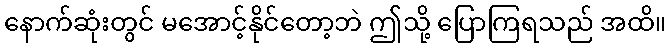
နောက်ဆုံးတွင် မအောင့်နိုင်တော့ဘဲ ဤသို့ ပြောကြရသည် အထိ။